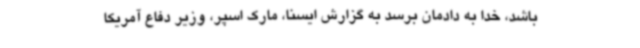
باشد، خدا به دادمان برسد به گزارش ایسنا، مارک اسپر، وزیر دفاع آمریکا